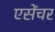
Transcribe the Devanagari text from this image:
एसेंचर